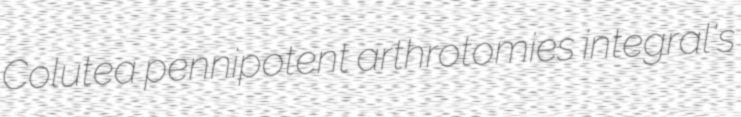
Colutea pennipotent arthrotomies integral's